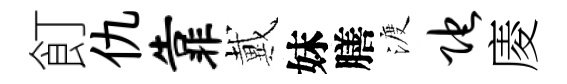
飣仇靠戴妹膳渡陀庱